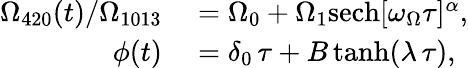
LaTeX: \begin{array}{rl}{\Omega_{420}(t)/\Omega_{1013}}&{{}=\Omega_{0}+\Omega_{1}\mathrm{sech}[\omega_{\Omega}\tau]^{\alpha},}\\ {\phi(t)}&{{}=\delta_{0}\, \tau+B\operatorname{tanh}(\lambda\, \tau),}\end{array}